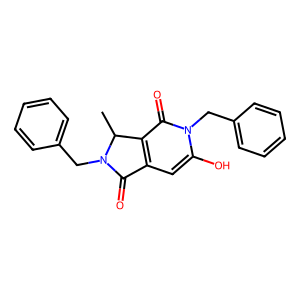
SMILES: CC1c2c(cc(O)n(Cc3ccccc3)c2=O)C(=O)N1Cc1ccccc1
Inhibits HIV replication: No